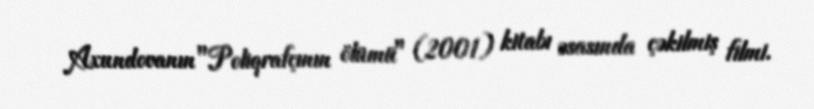
Axundovanın "Poliqrafçının ölümü" (2001) kitabı əsasında çəkilmiş filmi.